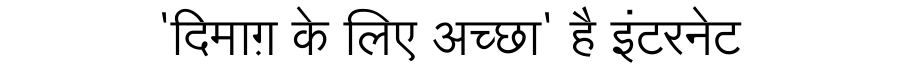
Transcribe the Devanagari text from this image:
'दिमाग़ के लिए अच्छा' है इंटरनेट